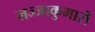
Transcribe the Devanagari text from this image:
लज्जाकुमारी